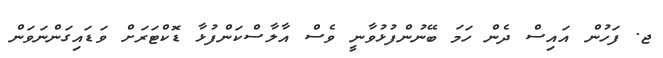
ޖ. ފަހުން އައިސް ދެން ހަމަ ބޭނުންފުޅުވާނީ ވެސް އާލާސްކަންފުޅާ ޑޮކްޓަރަށް ވަޑައިގަންނަވަން